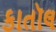
કાતૉલ